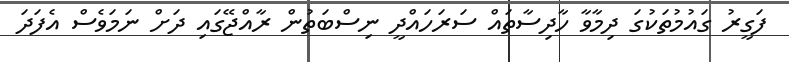
ފަގީރު ގައުމުތަކުގަ ދިމާވާ ހާދިސާތައް ސަރަހައްދީ ނިސްބަތުން ރާއްޖޭގައި ދަށް ނަމަވެސް އެފަދަ